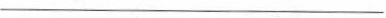
___